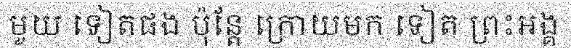
មួយ ទៀតផង ប៉ុន្តែ ក្រោយមក ទៀត ព្រះអង្គ